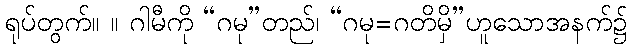
ရုပ်တွက်။ ။ ဂါမီကို “ဂမု”တည်၊ “ဂမု=ဂတိမှိ”ဟူသောအနက်၌